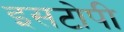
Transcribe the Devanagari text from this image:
इसटोपी